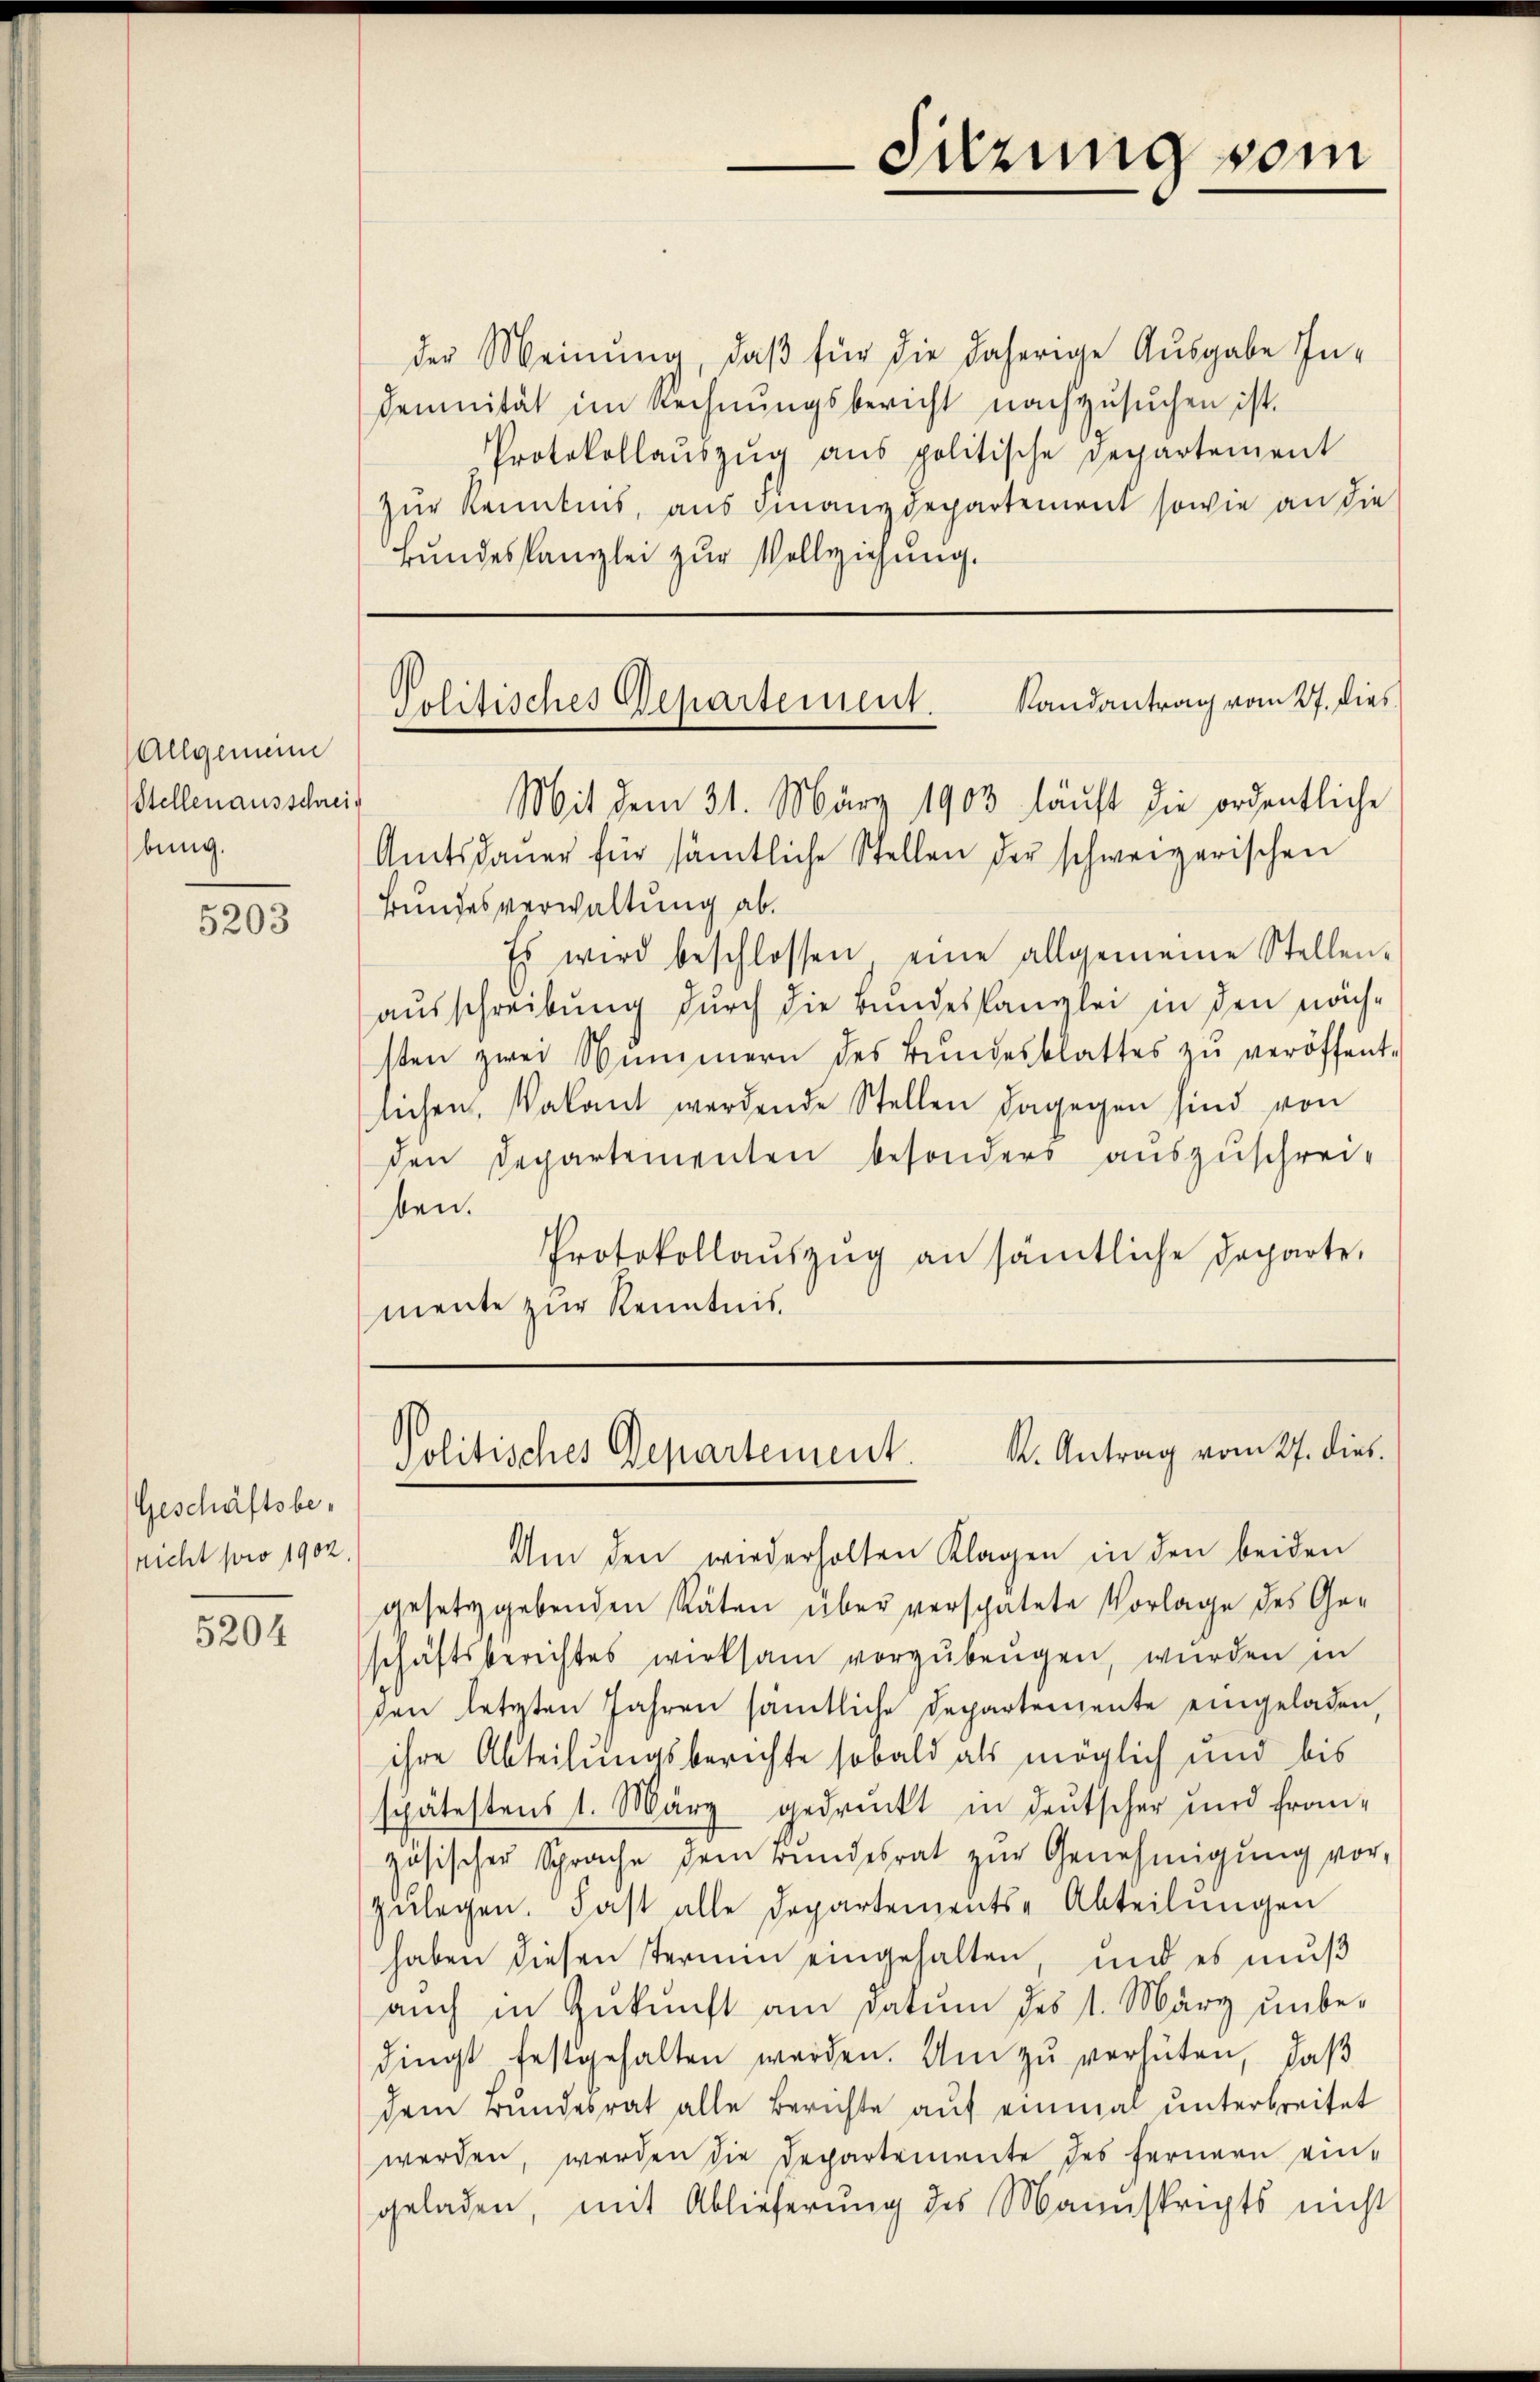
Allgemeine
Stellen ausschreibung.

5203

Geschäftsbe-
nicht sowo 1902

5204

der Meinung, daß für die daherige Ausgabe Indemnität im Rechnŭngsbericht nachzusuchen ist.
Protokollaŭszŭg aŭs politische Departement
zur Kenntnis, aus Finanzdepartement sowie an die
Bundeskanzlei zur Vollziehung.

Mit dem 31. März 1903 läuft die ordentliche
Amtsdauer für sämtliche Stellen der schweizerischen
Bundesverwaltung ab.
Es wird beschlossen, eine allgemeine Stellen-
ausschreibung durch die Bundeskanzlei in den näch-
sten zwei Nimmern des Bŭndesblattes zŭ veröffent-
sichen, Vakant werdende Stellen dagegen sind von
den Departementen besonders auszuschrei-
ben.
Protokollaŭszŭg an sämtliche Departe,
mente zur Kenntnis.

Am den wiederholten Klagen in den beiden
gesetzgebenden Räten über verspätete Vorlage des Geschäftsberechtes wirksam vorzŭbeŭgen, wurden in
ten letzten Jahren sämtliche Departemente eingeladen,
ihre Abteilungsberichte sobald als möglich und bis
spätestens 1. März gedruckt in Deutscher und fran-
zösischer Sprache dem Bundesrat zŭr Genehmigŭng vor-
zŭlegen. Fast alle Departements-Abteilŭngen
haben diesen Termin eingehalten, und es muß
auch in Zukunft am Datum des 1. März unbedingt festgehalten werden. Um zu verhüten, daß
dem Bundesrat alle Berichte auf einmal unterbreitet
werden, werden die Departemente des fernern ein-
geladen, mit Ablieferung des Mannskripts nicht

Sitzung vom

Politisches Departement. Randantrag vom 27. Dies

Politisches Departement. K. Antrag vom 27. dies